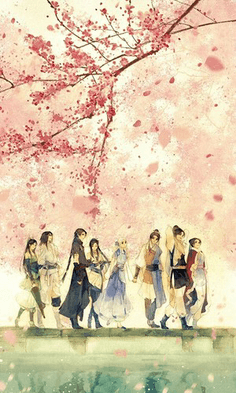
谁怜散髻吹笙，天涯芳草关情。